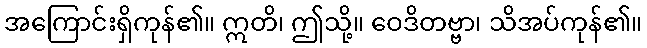
အကြောင်းရှိကုန်၏။ ဣတိ၊ ဤသို့။ ဝေဒိတဗ္ဗာ၊ သိအပ်ကုန်၏။